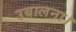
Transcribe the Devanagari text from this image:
उबालना।